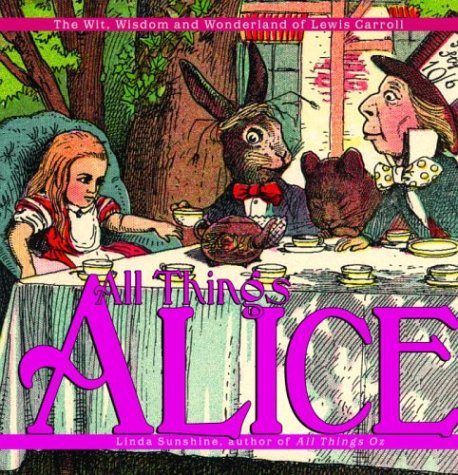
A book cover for All Things Alice: The Wit, Wisdom,and Wonderland of Lewis Carroll; Linda Sunshine; Humor & Entertainment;